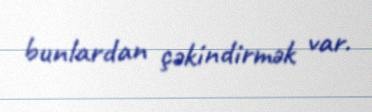
bunlardan çəkindirmək var.